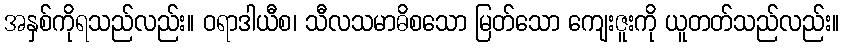
အနှစ်ကိုရသည်လည်း။ ဝရာဒါယီစ၊ သီလသမာဓိစသော မြတ်သော ကျေးဇူးကို ယူတတ်သည်လည်း။